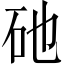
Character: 𥐨